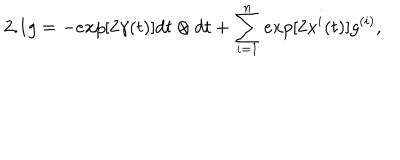
LaTeX: 2 . 1 g = - e x p [ 2 { \gamma } ( t ) ] d t \otimes d t + \sum _ { i = 1 } ^ { n } e x p [ 2 { x ^ { i } } ( t ) ] g ^ { ( i ) } ,